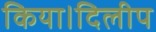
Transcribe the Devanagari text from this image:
किया।दिलीप